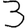
Digit: 3